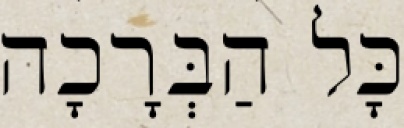
כָּל הַבְּרָכָה